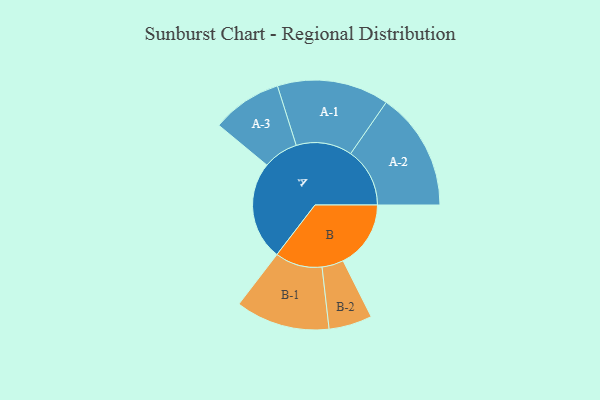
{"axis": {"x": "Segment", "y": "Value"}, "legend": ["", "A", "B"], "data": [{"x": "A", "y": 460, "type": ""}, {"x": "B", "y": 316, "type": ""}, {"x": "A-1", "y": 261, "type": "A"}, {"x": "A-2", "y": 276, "type": "A"}, {"x": "A-3", "y": 164, "type": "A"}, {"x": "B-1", "y": 220, "type": "B"}, {"x": "B-2", "y": 101, "type": "B"}]}